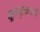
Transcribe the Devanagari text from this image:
मूलाणुसंचयांमधे